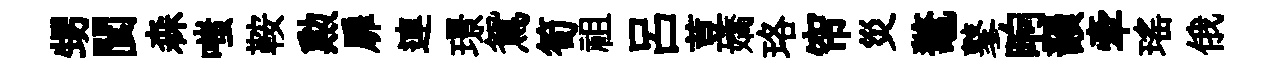
甥閬森嗤鞍勲扉連璟鴛筍祖呂荳嬌珞帘災鼇鼕晌韻牽瑶俄